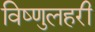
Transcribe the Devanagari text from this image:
विष्णुलहरी